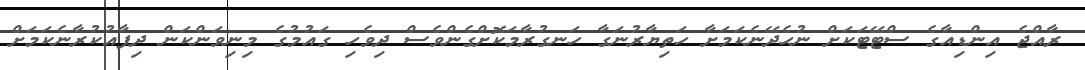
ރާއްޖެ އިންޑިއާގެ ސްޓޭޓަކަށް ނުހެދޭނެކަމަށާ ހަތިޔާރުނަގާ ހަނގުރާމަކޮށްގެންވެސް ދިވެހި ގައުމުގެ މިނިވަންކަން ދިފާއުކުރާނެކަމަށް